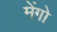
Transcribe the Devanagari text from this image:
मेंगो